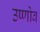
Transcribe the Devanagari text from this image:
उष्णोव